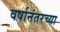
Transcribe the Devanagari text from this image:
वर्षानंतरच्या